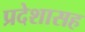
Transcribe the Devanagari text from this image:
प्रदेशासह